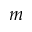
m